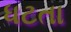
ધટતા